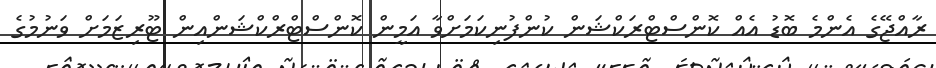
ރާއްޖޭގެ އެންމެ ބޮޑު އެއް ކޮންސްޓްރަކްޝަން ކުންފުނިކަމަށްވާ އަމީން ކޮންސްޓްރްކްޝަންއިން ޓޫރިޒަމަށް ވަނުމުގެ